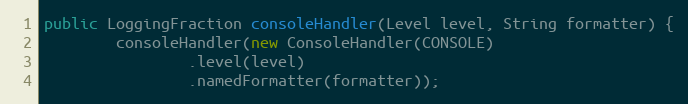
Language: Java
public LoggingFraction consoleHandler(Level level, String formatter) {
        consoleHandler(new ConsoleHandler(CONSOLE)
                .level(level)
                .namedFormatter(formatter));